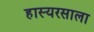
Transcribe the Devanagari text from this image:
हास्यरसाला